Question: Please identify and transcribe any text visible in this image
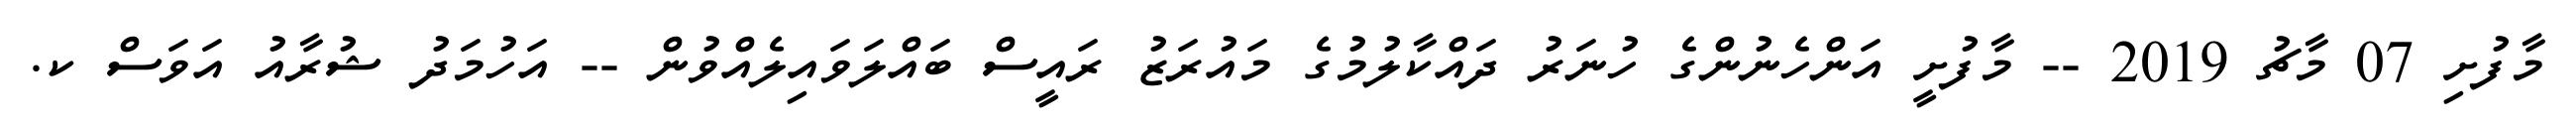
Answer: މާފުށި 07 މާޗު 2019 -- މާފުށީ އަންހެނުންގެ ހުނަރު ދައްކާލުމުގެ މައުރަޒު ރައީސް ބައްލަވައިލެއްވުން -- އަހުމަދު ޝުރާއު އަވަސް ކ.